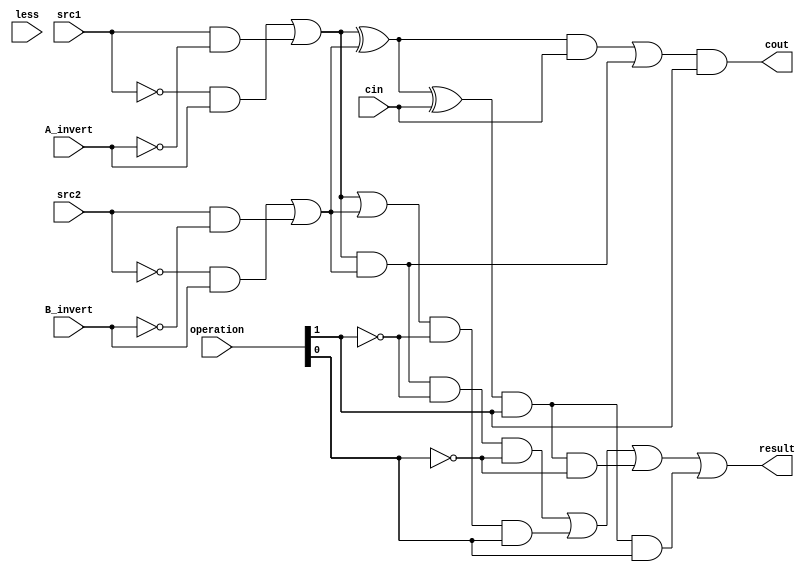
`timescale 1ns/1ps

//////////////////////////////////////////////////////////////////////////////////
// 0510513 ???
// Company: 
// Engineer: 
// 
// Design Name: 
// Module Name:    alu_top 
// Project Name: 
// Target Devices: 
// Tool versions: 
// Description: 
//
// Dependencies: 
//
// Revision: 
// Revision 0.01 - File Created
// Additional Comments: 
//
//////////////////////////////////////////////////////////////////////////////////

module alu_top(
               src1,       //1 bit source 1 (input)
               src2,       //1 bit source 2 (input)
               less,       //1 bit less     (input)
               A_invert,   //1 bit A_invert (input)
               B_invert,   //1 bit B_invert (input)
               cin,        //1 bit carry in (input)
               operation,  //operation      (input)
               result,     //1 bit result   (output)
               cout,       //1 bit carry out(output)
               );

input         src1;
input         src2;
input         less;
input         A_invert;
input         B_invert;
input         cin;
input [2-1:0] operation;

wire          muxA;
wire          muxB;    
wire          opand;
wire          opor;
wire          opadd;


output        result;
output        cout;

assign muxA  =((~src1)&A_invert)|(src1&(~A_invert));
assign muxB  =((~src2)&B_invert)|(src2&(~B_invert));
assign opand =muxA&muxB;
assign opor  =muxA|muxB;
assign opadd =(muxA^muxB)^cin;
assign cout  =(((muxA^muxB)&cin)|muxA&muxB)&operation[1];
assign result=(opand&(~operation[1])&(~operation[0]))|(opor&(~operation[1])&( operation[0]))|(opadd&( operation[1])&(~operation[0]))|(opadd&( operation[1])&( operation[0]));

// always@(src1 or src2 or cin or operation or A_invert or B_invert or less)//always@( src1 or src2 or cin or operation or A_invert or B_invert or less)

// begin
//     //0000 and
//     //0001 or
//     //0010 add
//     //0110 sub
//     //1100 nor
//     //0111 slt
//     case({A_invert,B_invert,operation})
//         4'b0000: result=opand;
//         4'b0001: result=opor;
//         4'b0010: {cout,result}=src1+src2+cin+2'b00;
//         4'b0110: {cout,result}=src1+(!src2)+cin+2'b00; //need to detect overflow
//         4'b1100: result=opnor;
//         4'b0111: result=less;
//     endcase
//     case({A_invert,B_invert,operation})
//         4'b0000,4'b0001,4'b1100: cout=0;
//         4'b0111: {cout,null}=src1+(!src2)+cin+2'b00;
//     endcase
// //less->set
// end

endmodule